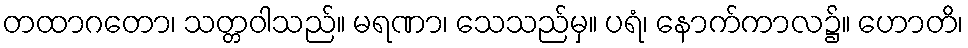
တထာဂတော၊ သတ္တဝါသည်။ မရဏာ၊ သေသည်မှ။ ပရံ၊ နောက်ကာလ၌။ ဟောတိ၊